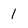
Character: 1